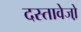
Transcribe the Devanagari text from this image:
दस्तावेजो़